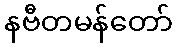
နဗီတမန်တော်